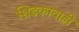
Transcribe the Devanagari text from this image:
शिडकावाही